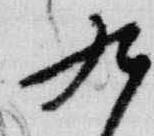
九